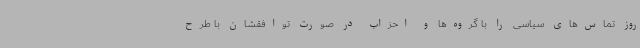
روز تماس‌های سیاسی را با گروه‌ها و احزاب در صورت توافقشان با طرح